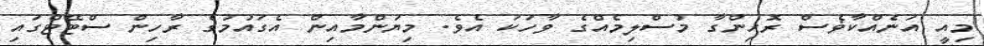
މިއީ އަނެއްކާޥެސް ރޮހިންގާ މުސްލިމެއްގެ ވާހަކަ އެވެ. މިޔަންމާއިން އެގައުމުގެ ރާހިން ސްޓޭޓްގައި